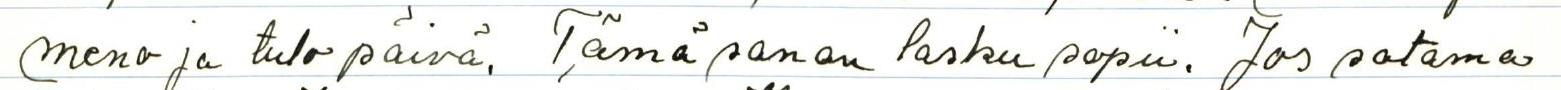
meno ja tulopäivä, Tämä sanan lasku sopii. Jos satama